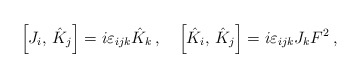
\begin{align*}\left[ J_{i},\, \hat K_{j}\right]=i\varepsilon _{ijk}{\hat K}_{k}\,, \quad\left[ {\hat K}_{i},\, {\hat K}_{j}\right]=i\varepsilon _{ijk} J_{k} F^{2}\,,\end{align*}